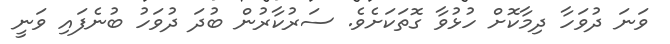
ވަނަ ދުވަހާ ދިމާކޮށް ހުޅުވާ ގޮތަކަށެވެ. ސަރުކާރުން ބުދަ ދުވަހު ބުނެފައި ވަނީ